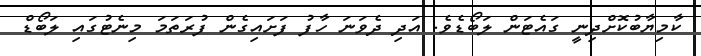
ކާމިޔާބުކޮށްދިނީ ގައެޓަން ލަބޯޑެވެ. އަދި ދެވަނަ ހާފު ފަށައިގެން ފުރަތަމަ މިނެޓުގައި ލަބޯޑް